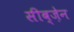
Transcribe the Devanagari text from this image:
सीब्ज़ेन